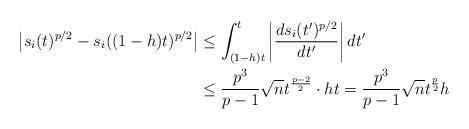
LaTeX: \begin{align*}\left|s_{i}(t)^{p/2}-s_{i}((1-h)t)^{p/2}\right| & \leq\int_{(1-h)t}^{t}\left|\frac{ds_{i}(t')^{p/2}}{dt'}\right|dt'\\ & \leq\frac{p^{3}}{p-1}\sqrt{n}t^{\frac{p-2}{2}}\cdot ht=\frac{p^{3}}{p-1}\sqrt{n}t^{\frac{p}{2}}h\end{align*}